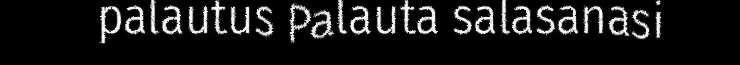
palautus Palauta salasanasi